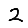
Digit: 2